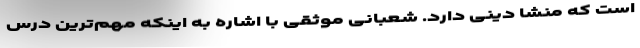
است که منشا دینی دارد. شعبانی موثقی با اشاره به اینکه مهم‌ترین درس